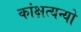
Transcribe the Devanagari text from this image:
कांक्षत्यन्यो